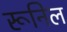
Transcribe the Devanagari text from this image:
रूनिल